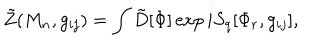
LaTeX: \tilde { Z } ( M _ { n } , g _ { i j } ) = \int \tilde { D } [ \Phi ] \exp i S _ { q } [ \Phi _ { r } , g _ { i j } ] ,